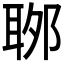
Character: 𦕬